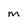
Character: m